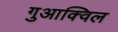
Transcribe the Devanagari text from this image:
गुआक्विल